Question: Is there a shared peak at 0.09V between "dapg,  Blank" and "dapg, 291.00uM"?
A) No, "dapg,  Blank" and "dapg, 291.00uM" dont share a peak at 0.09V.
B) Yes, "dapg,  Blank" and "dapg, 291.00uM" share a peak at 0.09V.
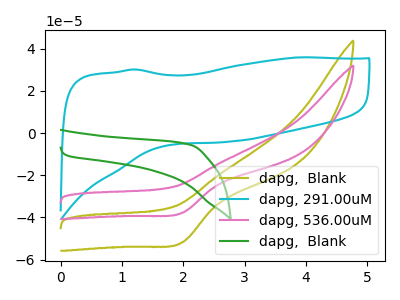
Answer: <think>The olive curve "dapg,  Blank" has a cathodic peak at: (2.00V, -51.75uA). The cyan curve "dapg, 291.00uM" has no peaks. The pink curve "dapg, 536.00uM" has a cathodic peak at: (2.00V, -37.75uA). The green curve "dapg,  Blank" has no peaks.</think>
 <answer>A) No, "dapg,  Blank" and "dapg, 291.00uM" dont share a peak at 0.09V.</answer>
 <eval>A</eval>